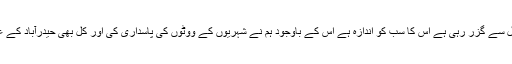
ان کا کہنا تھا کہ شہریوں کی نمائندہ جماعت ایم کیوایم جس مشکل سے گزر رہی ہے اس کا سب کو اندازہ ہے اس کے باوجود ہم نے شہریوں کے ووٹوں کی پاسداری کی اور کل بھی حیدرآباد کے عوام ایم کیوایم کے ساتھ تھے اور آج بھی ایم کیوایم کے ساتھ ہیں۔